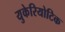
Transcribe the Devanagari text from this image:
युकेरियोटिक